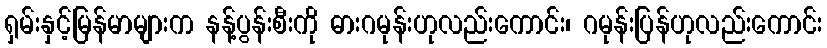
ရှမ်းနှင့်မြန်မာများက နန့်ပွန်းစီးကို ဓားဂမုန်းဟုလည်းကောင်း၊ ဂမုန်းပြန်ဟုလည်းကောင်း